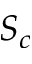
S _ { c }